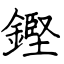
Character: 鏗